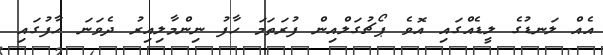
އެއް ލަނޑުގެ ލީޑެއްގައި އޮވެ ޕޯޗުގަލްއިން ފުރަތަމަ ހާފު ނިންމާލިއިރު ދެވަނަ ހާފުގައި